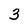
Character: 3